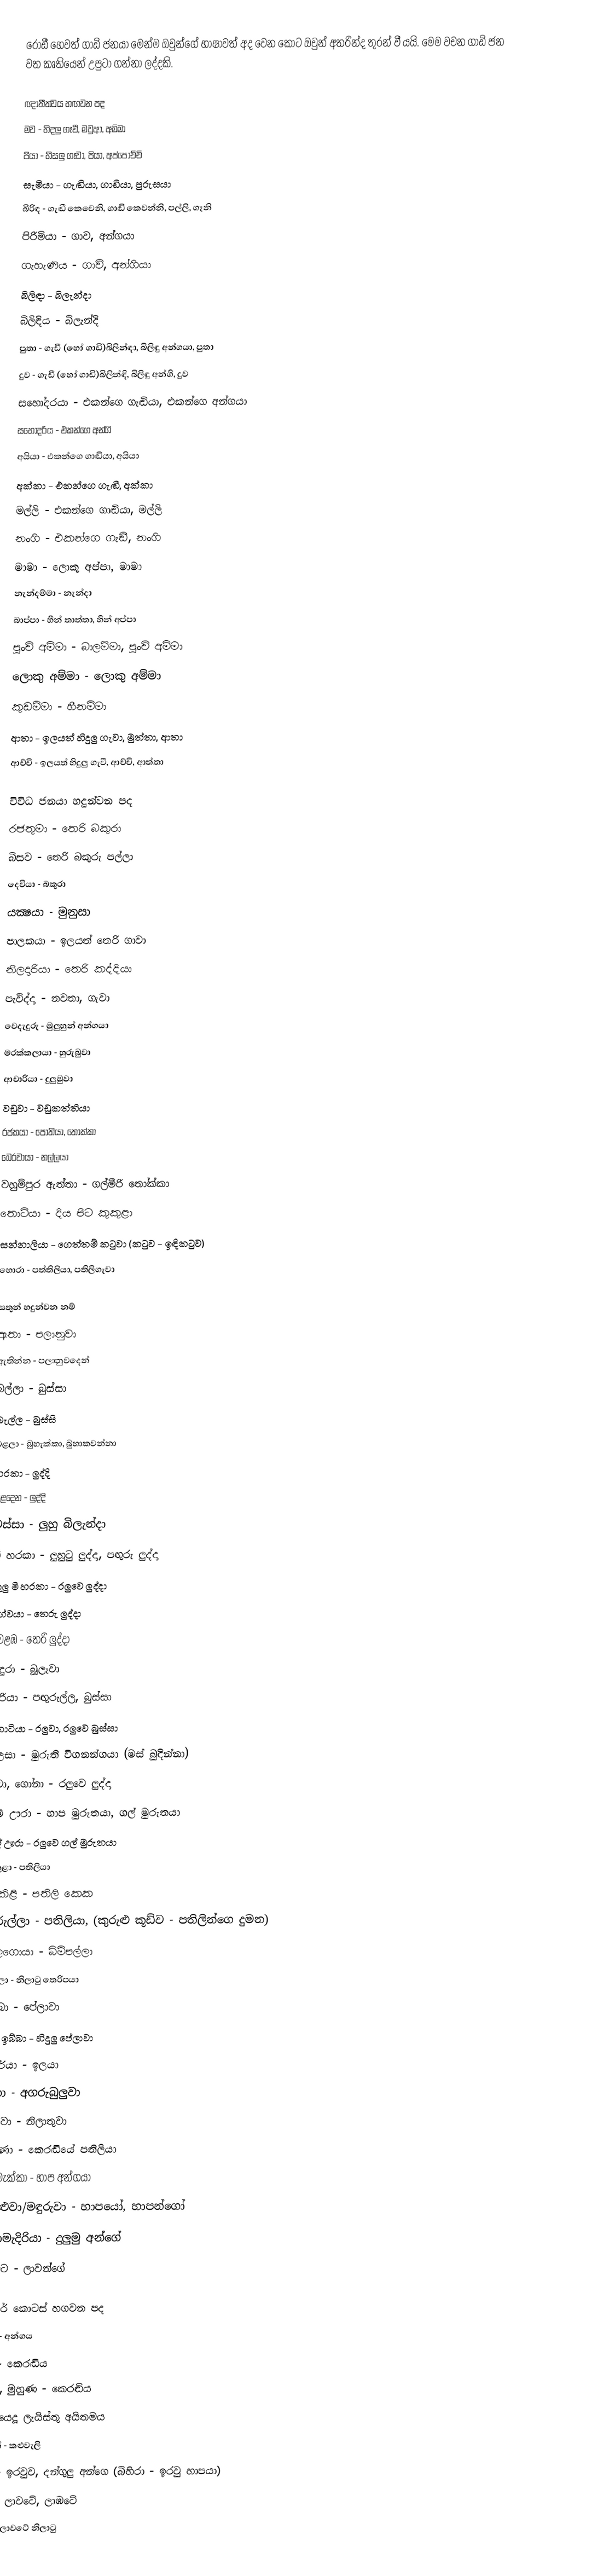
රොඩී හෙවත් ගාඩි ජනයා මෙන්ම ඔවුන්ගේ භාෂාවත් අද වෙන කොට ඔවුන් අතරින්ද තුරන් වී යයි. මෙම වචන ගාඩි ජන වත කෘතියෙන් උපුටා ගන්නා ලද්දකි.

ඥාතීත්වය හඟවන පද
 මව - හිදලු ගෑවී, මවුආ, අම්මා
 පියා - හිසලු ගෑවා, පියා, අප්පොච්චි
 සැමියා - ගැඬියා, ගාඩියා, පුරුසයා
 බිරිඳ - ගැඬී කෙවෙනි, ගාඬි කෙවන්නි, පල්ලි, ගෑනි
 පිරිමියා - ගාව, අන්ගයා
 ගැහැණිය - ගාවි, අන්ගියා
 බිලිඳා - බිලැන්දා
 බිලිඳිය - බිලැන්දි
 පුතා - ගැඩී (හෝ ගාඩි)බිලින්ඳා, බිලිඳු අන්ගයා, පුතා
 දුව - ගැඩී (හෝ ගාඩි)බිලින්ඳි, බිලිඳු අන්ගි, දුව
 සහෝදරයා - එකන්ගෙ ගැඬියා, එකන්ගෙ අන්ගයා
 සහෝදරිය - එකන්ගෙ අන්ගි
 අයියා - එකන්ගෙ ගාඬියා, අයියා
 අක්කා - එකන්ගෙ ගැඬී, අක්කා
 මල්ලි - එකන්ගෙ ගාඬියා, මල්ලි
 නංගි - එකන්ගෙ ගැඬී, නංගි
 මාමා - ලොකු අප්පා, මාමා
 නැන්දම්මා - නැන්දා
 බාප්පා - හීන් තාත්තා, හීන් අප්පා
 පුංචි අම්මා - බාලම්මා, පුංචි අම්මා
 ලොකු අම්මා - ලොකු අම්මා
 කුඩම්මා - හීනම්මා
 ආතා - ඉලයත් හිදුලු ගැවා, මුත්තා, ආතා
 ආච්චි - ඉලයත් හිදුලු ගැවී, ආච්චි, ආත්තා

විවිධ ජනයා හදුන්වන පද
 රජතුමා - තෙරි බකුරා
 බිසව - තෙරි බකුරු පල්ලා
 දෙවියා - බකුරා
 යක්‍ෂයා - මුනුසා
 පාලකයා - ඉලයත් තෙරි ගාවා
 නිලදාරියා - තෙරි කද්දියා
 පැවිද්දා - නවතා, ගැවා
 වෙදැදුරු - මුලුහුන් අන්ගයා
 මරක්කලායා - හුරුබුවා
 ආචාරියා - දුලුමුවා
 වඩුවා - වඩුකත්තියා
 රජකයා - පොතියා, තෝක්කා
 බෙරවායා - නල්ලයා
 වහුම්පුර ඇත්තා - ගල්මීරි තෝක්කා
 තොටියා - දිය පිට කුකුළා
 සන්නාලියා - ගෙත්තම් කටුවා (කටුව - ඉඳිකටුව)
 හොරා - පත්තිලියා, පතිලිගැවා

සතුන් හදුන්වන නම්
 ඇතා - පලානුවා
 ඇතින්න - පලානුවදෙන්
 බල්ලා - බුස්සා
 බැල්ල - බුස්සි
 බළලා - බුහැක්කා, බුහාකවන්නා
 හරකා - ලුද්දි
 එළදෙන - ලුද්දි
 වස්සා - ලුහු බිලැන්දා
 මී හරකා - ලුහුටු ලුද්දා, පඟුරු ලුද්දා
 කුලු මී හරකා - රලුවෙ ලුද්දා
 අග්වයා - තෙරු ලුද්දා
 වෙළඹ - තෙරි ලුද්දා
 වඳුරා - බූලෑවා
 නරියා - පඟුරුල්ල, බුස්සා
 කොටියා - රලුවා, රලුවෙ බුස්සා
 වලසා - මුරුති විගනන්ගයා (මස් බුදින්නා)
 මුවා, ගෝනා - රලුවෙ ලුද්දා
 ගම් ඌරා - හාප මුරුතයා, ගල් මුරුතයා
 වල් ඌරා - රලුවෙ ගල් මුරුතයා
 කුකුළා - පතිලියා
 කිකිළි - පතිලි කෙක
 කුරුල්ලා - පතිලියා, (කුරුළු කූඩ්ව - පතිලින්ගෙ දුමන)
 තලගොයා - බිම්පල්ලා
 කිඹුලා - නිලාටු තෙරිපයා
 ඉබ්බා - පේලාවා
 කිරි ඉබ්බා - හිදුලු පේලාවා
 සර්පයා - ඉලයා
 හූනා - අගරුබුලුවා
 මාළුවා - නිලාතුවා
 උකුණා - කෙරඬියේ පතිලියා
 බලු මැක්කා - හාප අන්ගයා
 මකුළුවා/මඳුරුවා - හාපයෝ, හාපන්ගෝ
 කලාමැදිරියා - දුලුමු අන්ගේ
 බිජුවට - ලාවන්ගේ

සිරුරේ කොටස් හගවන පද
 සිරුර - අන්ගය
 හිස - කෙරඬිය
 නළල, මුහුණ - කෙරඬිය
 රටා යෙදූ ලැයිස්තු අයිතමය
 හිසකේ - කළුවැලි
 කන - ඉරවුව, දන්ගුලු අන්ගෙ (බිහිරා - ඉරවු හාපයා)
 ඇස - ලාවටේ, ලාඹටේ
 කඳුලු - ලාවටේ නිලාටු